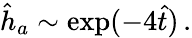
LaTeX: \begin{array}{r}{\hat{h}_{a}\sim\exp(-4\hat{t})\, .}\end{array}